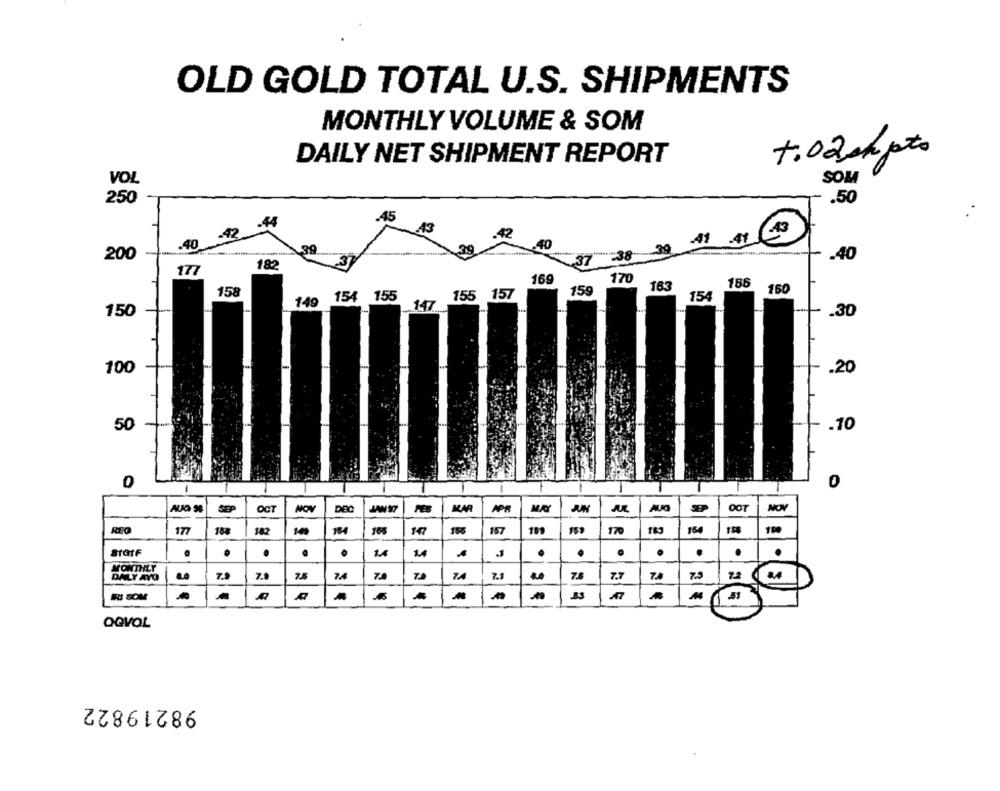
OLD GOLD TOTAL U.S. SHIPMENTS
MONTHLY VOLUME & SOM
DAILY NET SHIPMENT REPORT
+. 02 h poto
VOL
SOM
250
.50
.45
-42 -44
.40
41 .41
-39
200
.40
17
182
170
169
163
186
158
159
160
149
154 155
155 157
154
147
150
.30
100
.20
50
.10
1
0
SEP
AUG
OCT
AUG SE
OCT
NOV
JAN 97
MAR
APR
REO
177
182
164
165
147
156
157
189
170
154
14
1.4
.
DALY AYO
7.
7.
7.5
7
74
7.1
7.9
72
A
OGVOL
98219822